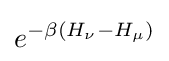
e^{-\beta (H_{\nu }-H_{\mu })}